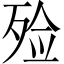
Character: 殓